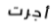
أجرت